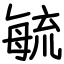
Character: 毓